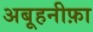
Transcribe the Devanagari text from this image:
अबूहनीफ़ा